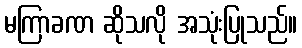
မကြာခဏ ဆိုသလို အသုံးပြုသည်။